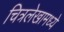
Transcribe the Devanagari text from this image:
चित्रलेखामध्ये